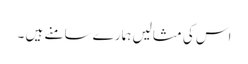
اس کی مثالیں ہمارے سامنے ہیں ۔